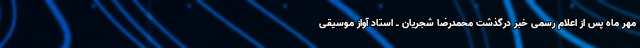
مهر ماه پس از اعلام رسمی خبر درگذشت محمدرضا شجریان ـ استاد آواز موسیقی